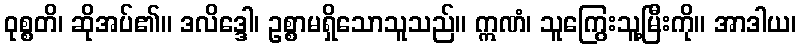
ဝုစ္စတိ၊ ဆိုအပ်၏။ ဒလိဒ္ဒေါ၊ ဥစ္စာမရှိသောသူသည်။ ဣဏံ၊ သူကြွေးသူ့မြီးကို။ အာဒါယ၊